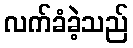
လက်ခံခဲ့သည်